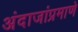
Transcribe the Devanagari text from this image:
अंदाजांप्रमाणे